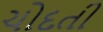
ચોદતી